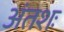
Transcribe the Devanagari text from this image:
अंतशः